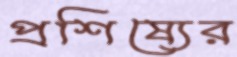
প্রশিষ্যের